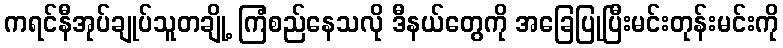
ကရင်နီအုပ်ချုပ်သူတချို့ ကြံစည်နေသလို ဒီနယ်တွေကို အခြေပြုပြီးမင်းတုန်းမင်းကို